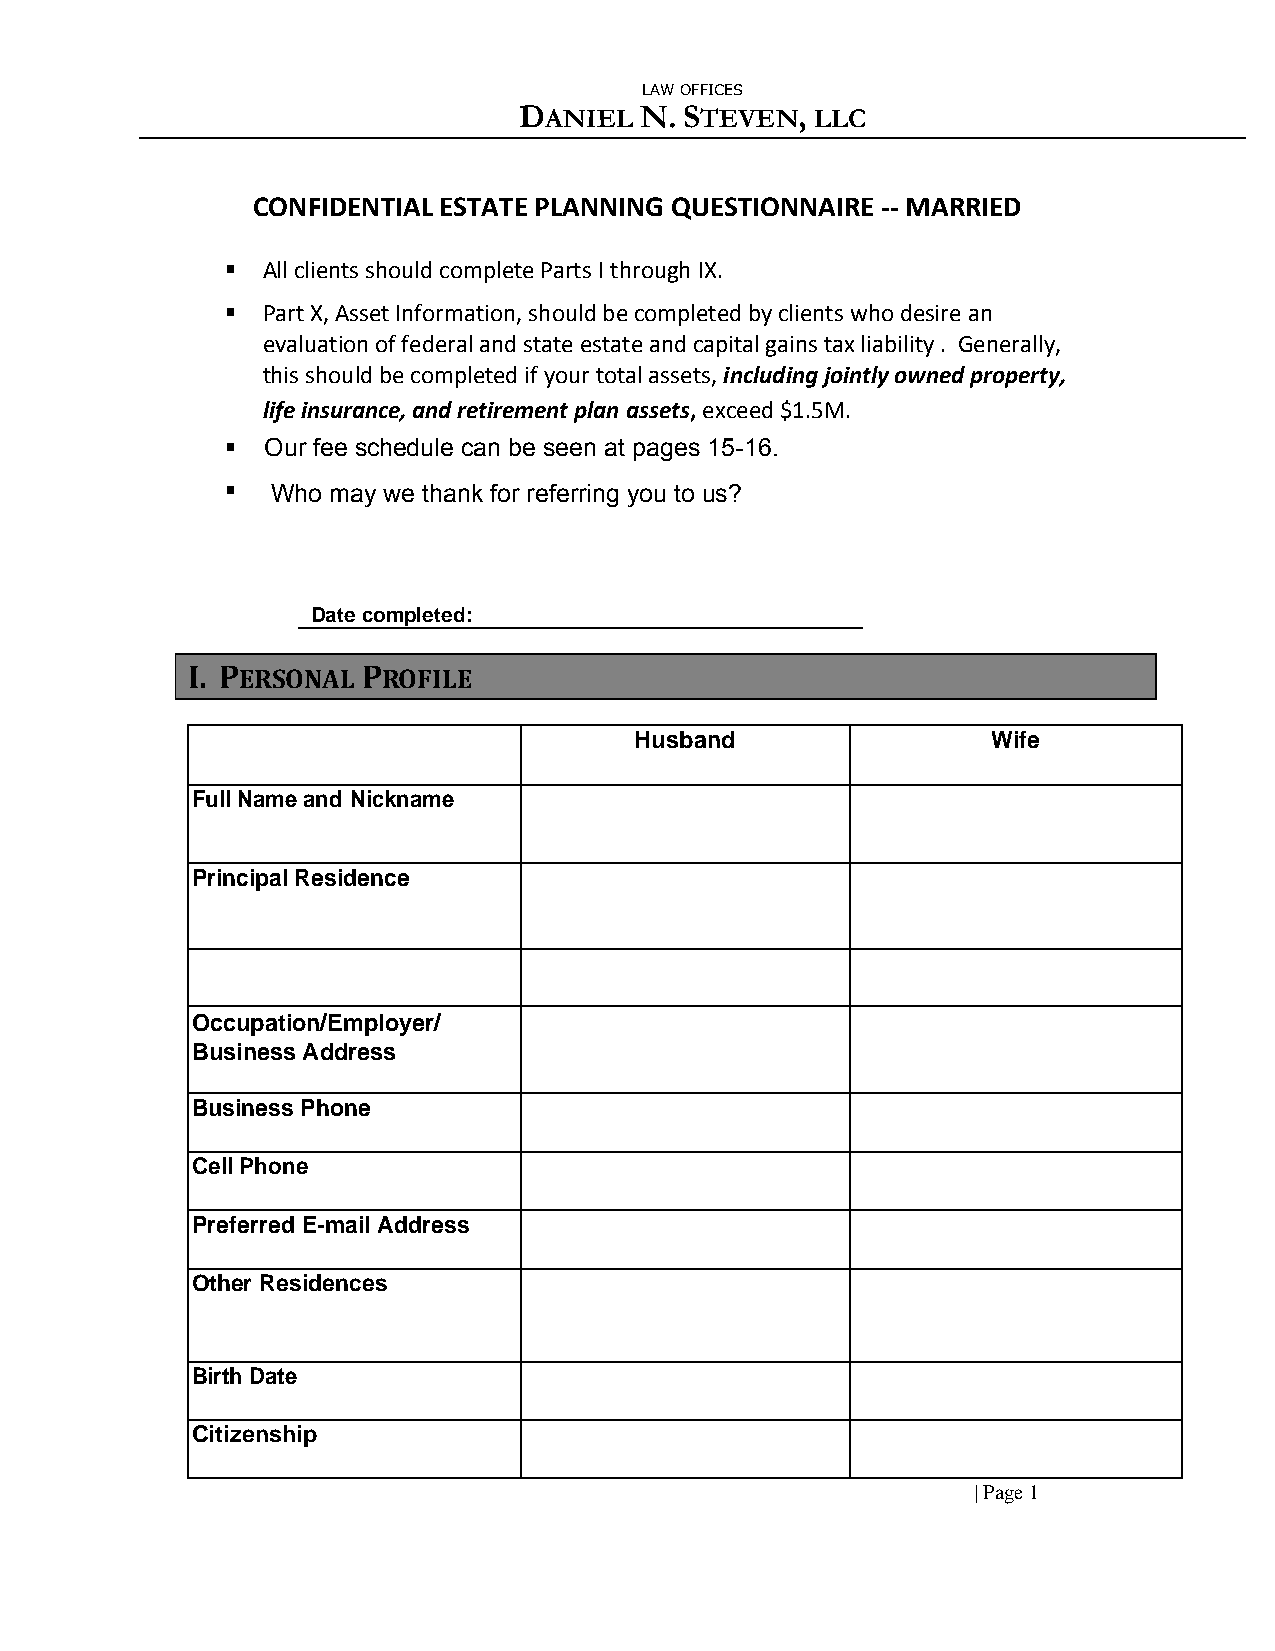
LAW OFFICES
 DANIEL  N. STEVEN,  LLC
 CONFIDENTIAL ESTATE PLANNING QUESTIONNAIRE -- MARRIED
  All clients should complete Parts I through IX.
  Part X, Asset Information, should be completed by clients who desire an
 evaluation of federal and state estate and capital gains tax liability . Generally,
 this should be completed if your total assets, including jointly owned property,
 life insurance, and retirement plan assets, exceed $1.5M.
   Our fee schedule can be seen at pages 15-16.
 
 Date completed:
 I. PERSONAL PROFILE
 Husband                 Wife
 Full Name and Nickname
 Principal Residence
 Home Phone
 Occupation/Employer/
 Business Address
 Business Phone
 Cell Phone
 Preferred E-mail Address
 Other Residences
 Birth Date
 Citizenship
 | Page 1